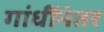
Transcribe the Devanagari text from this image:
गांधींनंतर